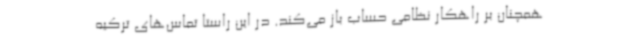
همچنان بر راهکار نظامی حساب باز می‌کند. در این راستا تماس‌های ترکیه